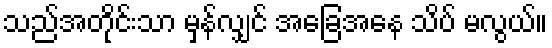
သည်အတိုင်းသာ မှန်လျှင် အခြေအနေ သိပ် မလွယ်။